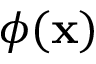
\phi ( \mathbf { x } )